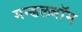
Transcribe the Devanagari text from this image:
मन्डलबॉम